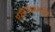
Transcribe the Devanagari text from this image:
एस्पेरांझामधून